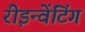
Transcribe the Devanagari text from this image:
रीइन्वेंटिंग